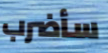
سأضرب